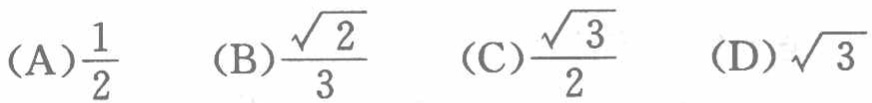
(A)$\frac{1}{2}$  (B)$\frac{\sqrt{2}}{3}$  (C)$\frac{\sqrt{3}}{2}$  (D)$\sqrt{3}$